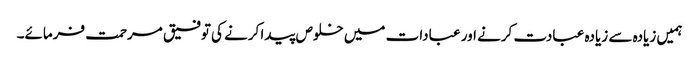
ہمیں زیادہ سے زیادہ عبادت کرنے اور عبادات میں خلوص پیدا کرنے کی توفیق مرحمت فرمائے۔